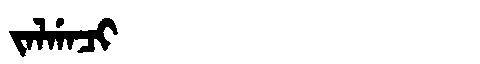
Manchu: ᠵᠠᠯᡤᠠᠴᡳ
Romanization: JALGACI